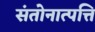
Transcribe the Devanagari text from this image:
संतोनात्पत्ति